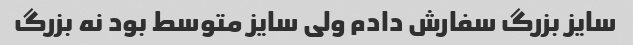
سایز بزرگ سفارش دادم ولی سایز متوسط بود نه بزرگ